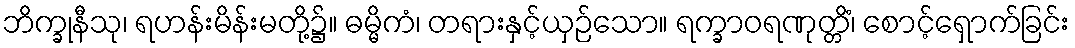
ဘိက္ခုနီသု၊ ရဟန်းမိန်းမတို့၌။ ဓမ္မိကံ၊ တရားနှင့်ယှဉ်သော။ ရက္ခာဝရဏုတ္တိံ၊ စောင့်ရှောက်ခြင်း